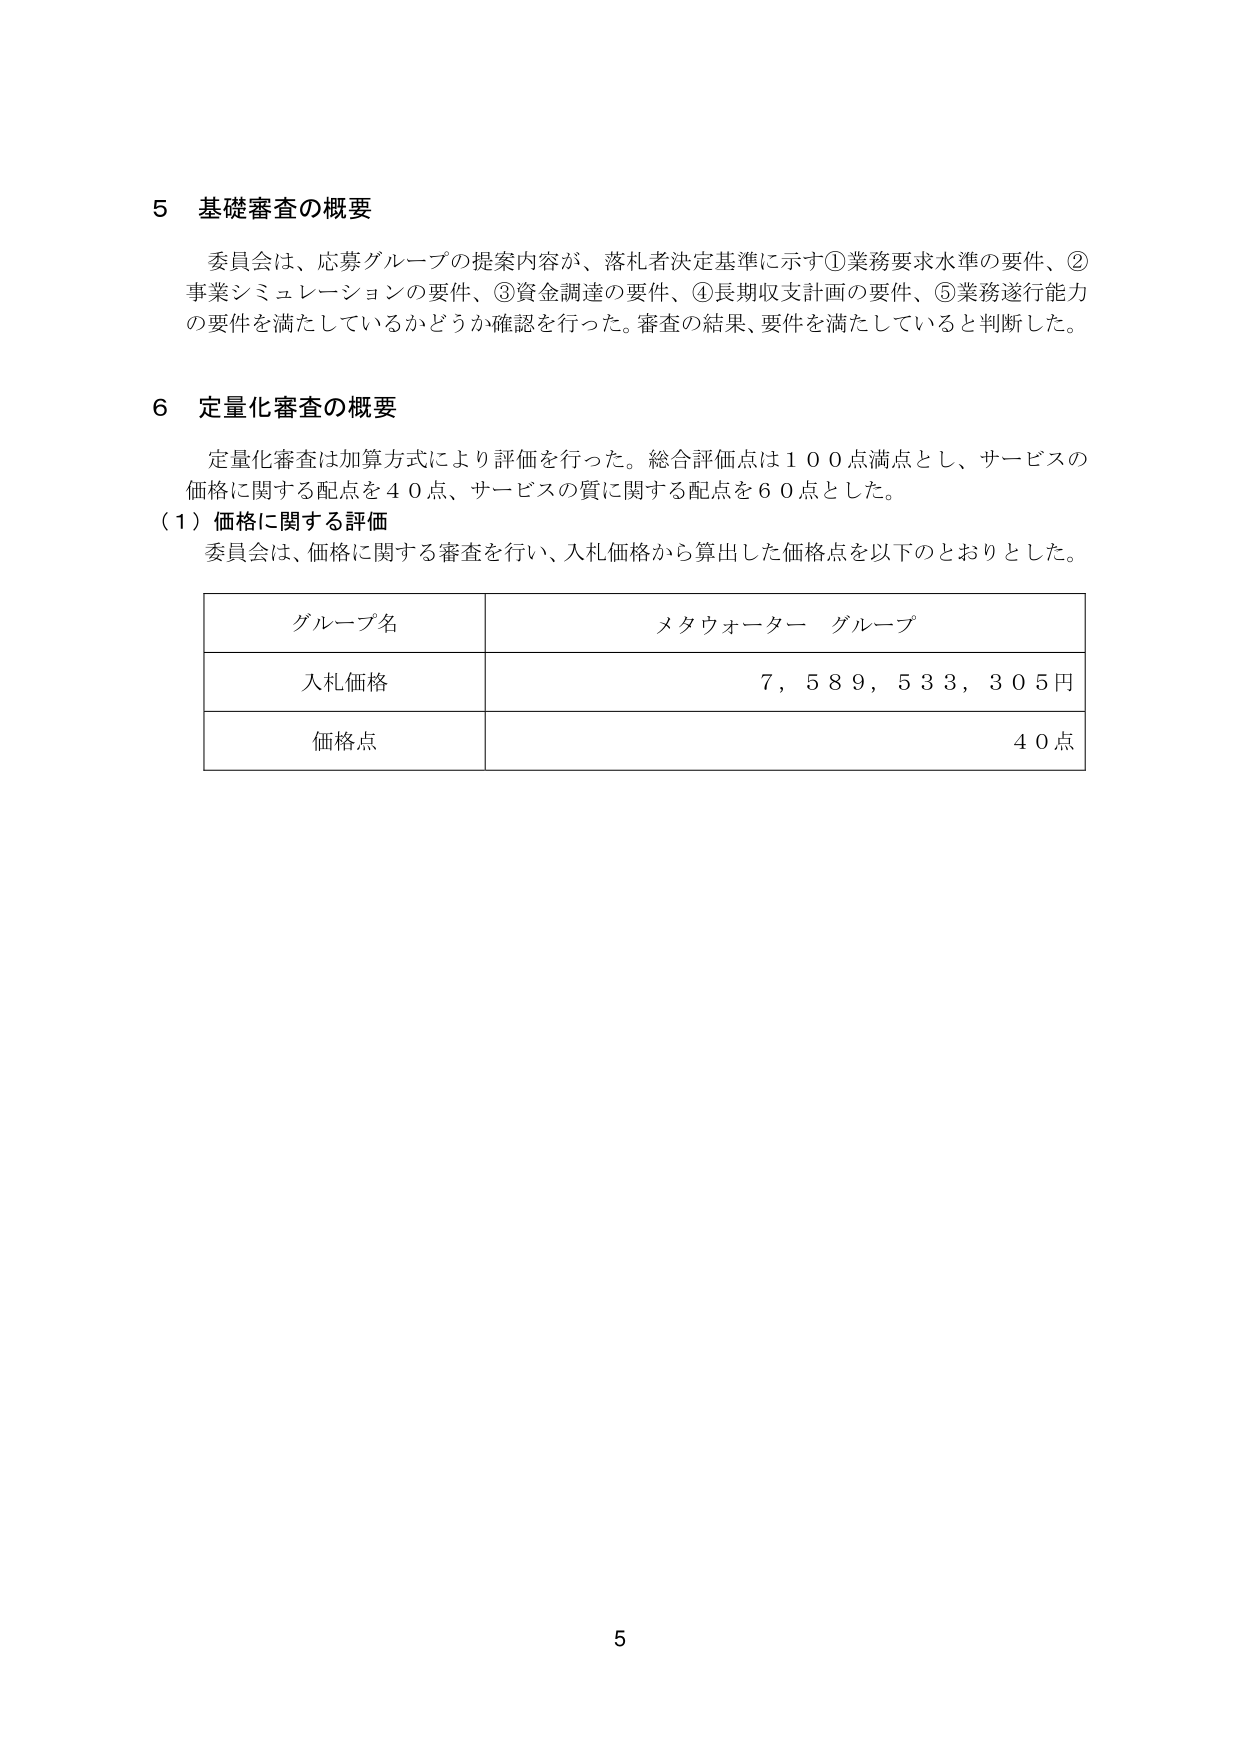
5 基礎審査の概要
委員会は、応募グループの提案内容が、落札者決定基準に示す①業務要求水準の要件、②事業シミュレーションの要件、③資金調達の要件、④長期収支計画の要件、⑤業務遂行能力の要件を満たしているかどうか確認を行った。審査の結果、要件を満たしていると判断した。

6 定量化審査の概要
定量化審査は加算方式により評価を行った。総合評価点は100点満点とし、サービスの価格に関する配点を40点、サービスの質に関する配点を60点とした。
（1）価格に関する評価
委員会は、価格に関する審査を行い、入札価格から算出した価格点を以下のとおりとした。

| グループ名 | メタウォーター グループ |
|------------|--------------------------|
| 入札価格   | 7,589,533,305円         |
| 価格点     | 40点                     |

5